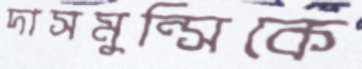
দাসমুন্সিকে